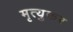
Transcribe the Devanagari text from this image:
मृत्युकर